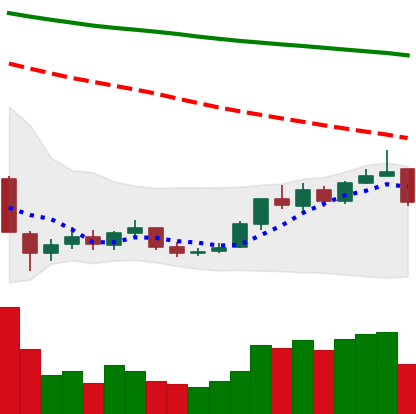
Ticker: BNB-USD
Chart end date: 2018-12-25
Forward return: 8.078%
Label: up_7plus